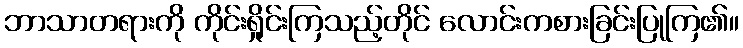
ဘာသာတရားကို ကိုင်းရှိုင်းကြသည့်တိုင် လောင်းကစားခြင်းပြုကြ၏။